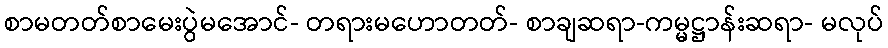
စာမတတ်စာမေးပွဲမအောင်- တရားမဟောတတ်- စာချဆရာ-ကမ္မဋ္ဌာန်းဆရာ- မလုပ်